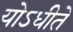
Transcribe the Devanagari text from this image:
योऽधीते